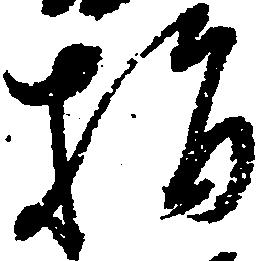
指